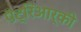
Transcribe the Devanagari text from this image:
पॅट्रिआर्की